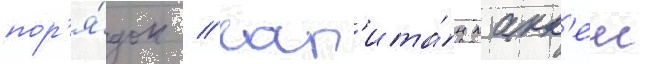
пор'я́док // Кап'ита́н макк'еи